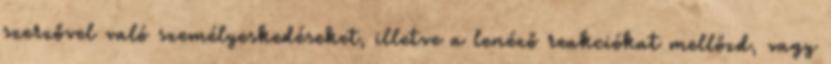
szerzővel való személyeskedéseket, illetve a lenéző reakciókat mellőzd, vagy